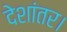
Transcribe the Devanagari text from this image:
देशांतर।